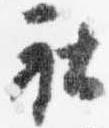
社